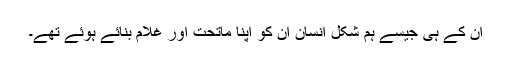
ان کے ہی جیسے ہم شکل انسان ان کو اپنا ماتحت اور غلام بنائے ہوئے تھے۔